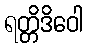
ရတ္တိဒိဝေါ